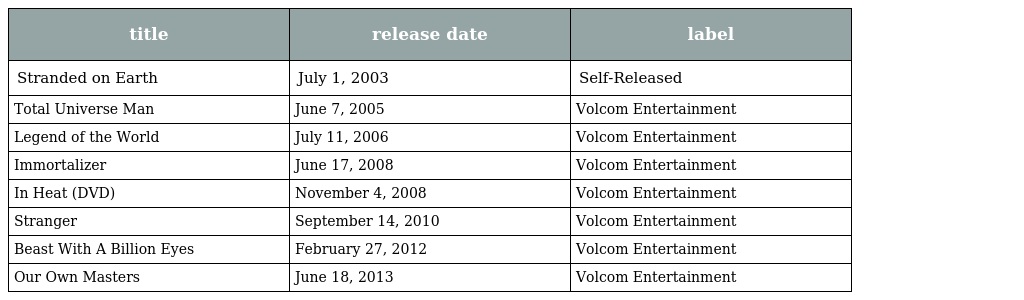
| title | release date | label |
 | --- | --- | --- |
 | Stranded on Earth | July 1, 2003 | Self-Released |
 | Total Universe Man | June 7, 2005 | Volcom Entertainment |
 | Legend of the World | July 11, 2006 | Volcom Entertainment |
 | Immortalizer | June 17, 2008 | Volcom Entertainment |
 | In Heat (DVD) | November 4, 2008 | Volcom Entertainment |
 | Stranger | September 14, 2010 | Volcom Entertainment |
 | Beast With A Billion Eyes | February 27, 2012 | Volcom Entertainment |
 | Our Own Masters | June 18, 2013 | Volcom Entertainment |